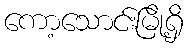
ကော့သောင်းမြို့ရှိ